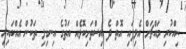
ނިއްކުރި މައްޗަށް އެލިފައި އޮތް ދެ އިސްތަށިކޮޅެއް އަތުގެ އިނގިލި ތަކުން އެއްކައިރި